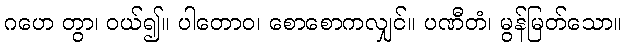
ဂဟေ တွာ၊ ဝယ်၍။ ပါတောဝ၊ စောစောကလျှင်။ ပဏီတံ၊ မွန်မြတ်သော။